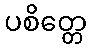
ပစိတ္တေ